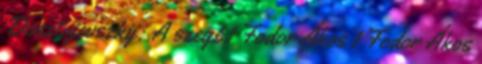
Dosztojevszkij: A szegé 1 Fodor Ákos 1 Fodor Ákos